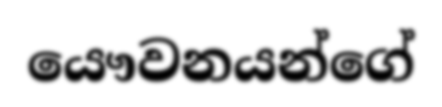
යෞවනයන්ගේ